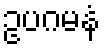
ဥပဂမနံ